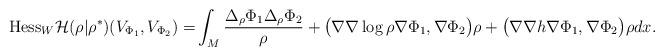
LaTeX: \begin{align*}\textrm{Hess}_W\mathcal{H}(\rho|\rho^*)(V_{\Phi_1}, V_{\Phi_2})=&\int_{M}\frac{\Delta_\rho\Phi_1\Delta_\rho\Phi_2}{\rho}+\big(\nabla\nabla\log{\rho}\nabla\Phi_1,\nabla\Phi_2\big)\rho+\big(\nabla\nabla h\nabla\Phi_1,\nabla\Phi_2\big)\rho dx.\end{align*}